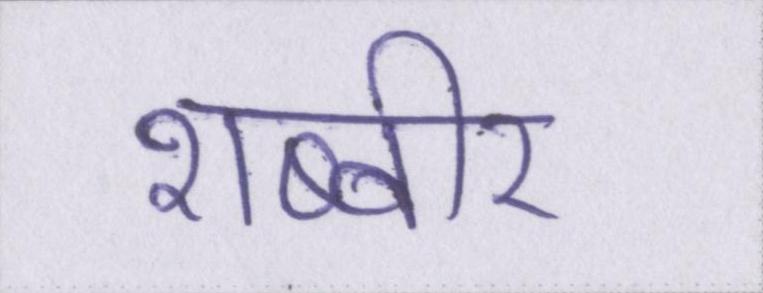
शब्बीर